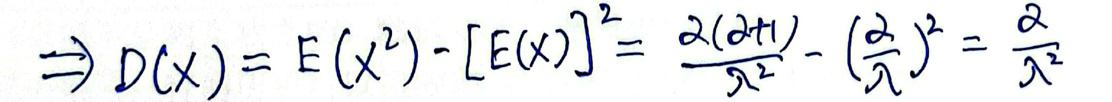
\[
\Rightarrow D(X)=E(X^{2})-[E(X)]^{2}=\frac{\lambda(\lambda + 1)}{\lambda^{2}}-(\frac{\lambda}{\lambda})^{2}=\frac{\lambda}{\lambda^{2}}
\]